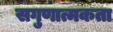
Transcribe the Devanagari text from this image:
सगुणात्मकता